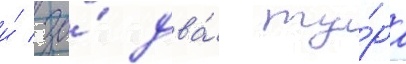
и́ за́ два́ ту́ра